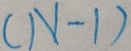
( N - 1 )